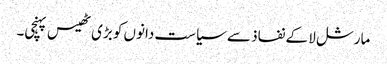
مارشل لا کے نفاذ سے سیاست دانوں کو بڑی ٹھیس پہنچی۔